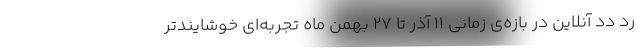
رد دد آنلاین در بازه‌ی زمانی 11 آذر تا 27 بهمن ماه تجربه‌ای خوشایندتر